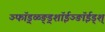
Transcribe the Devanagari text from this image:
ञ्फॉ़ड़्ळ्ङ़्ड्शॉईञ्ङॉईड्श्